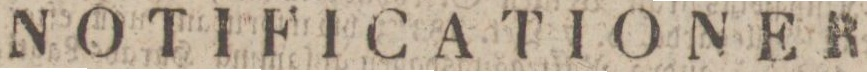
NOTIFICATIONER.